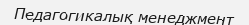
Педагогикалық менеджмент